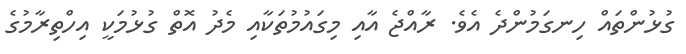
ގުޅުންތައް ހިނގަމުންދެ އެވެ. ރާއްޖެ އާއި މިގައުމުތަކާއި މެދު އޮތް ގުޅުމަކީ އިހްތިރާމުގެ